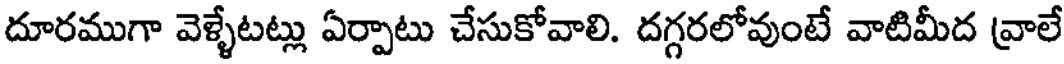
దూరముగా వెళ్ళేటట్లు ఏర్పాటు చేసుకోవాలి. దగ్గరలోవుంటే వాటిమీద వ్రాలే